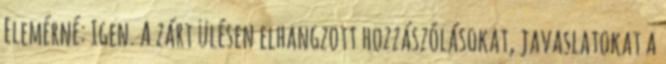
Elemérné: Igen. A zárt ülésen elhangzott hozzászólásokat, javaslatokat a